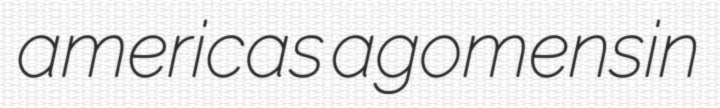
americas agomensin